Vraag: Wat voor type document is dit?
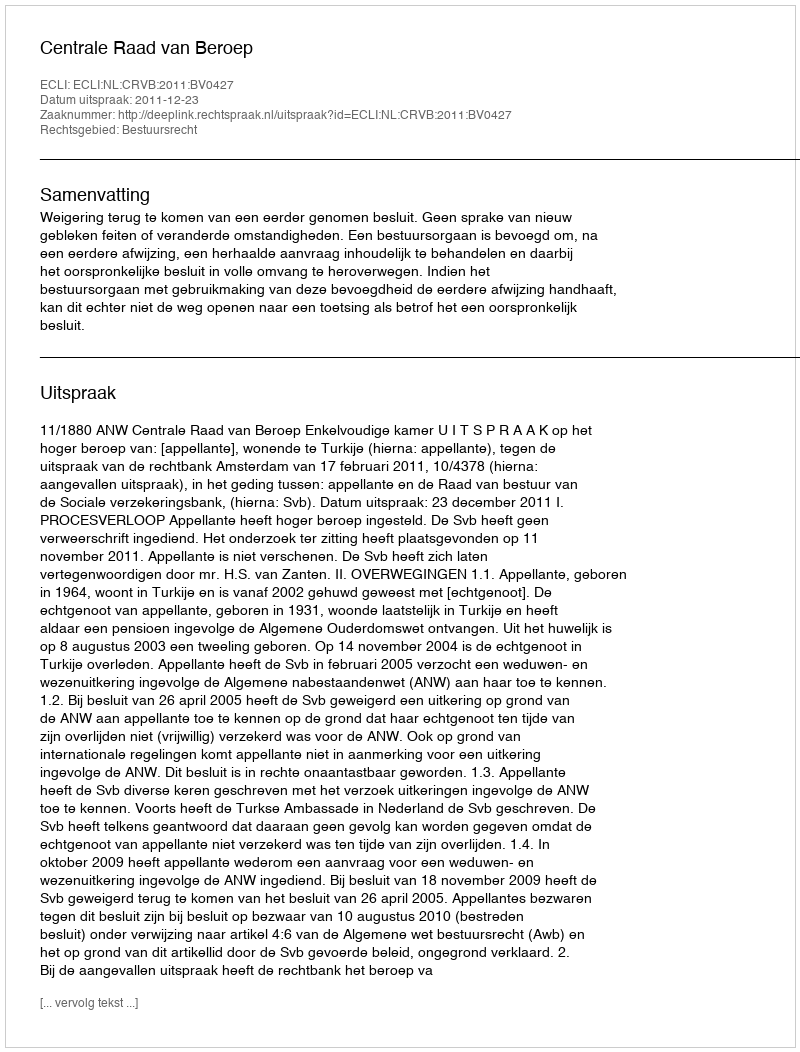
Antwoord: Uitspraak